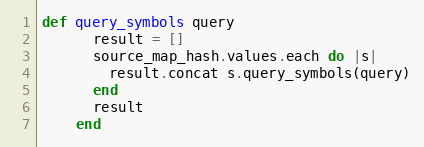
Language: Ruby
def query_symbols query
      result = []
      source_map_hash.values.each do |s|
        result.concat s.query_symbols(query)
      end
      result
    end